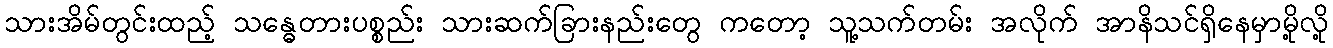
သားအိမ်တွင်းထည့် သန္ဓေတားပစ္စည်း သားဆက်ခြားနည်းတွေ ကတော့ သူ့သက်တမ်း အလိုက် အာနိသင်ရှိနေမှာမို့လို့